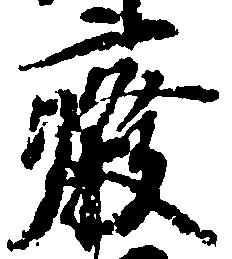
廃